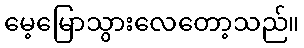
မေ့မြောသွားလေတော့သည်။